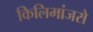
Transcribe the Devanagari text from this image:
किलिमांजरो